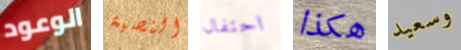
الوعود النصية احتفال هكذا وسعيد